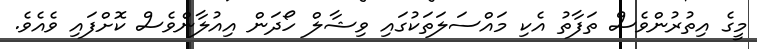
މީގެ އިތުރުންވެސް ތަފާތު އެކި މައްސަލަތަކުގައި ވިޝާލް ހޯދަން އިއުލާންވެސް ކޮށްފައި ވެއެވެ.